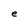
Character: e